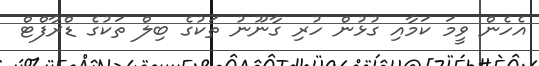
އެހެން ވީމަ ކަމާއި ގުޅުން ހުރި ގާނޫނު ތަކުގެ ބިލް ތަކުގެ ޑްރާފްޓް